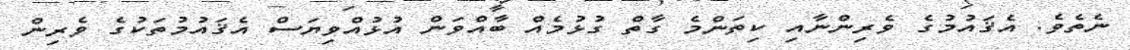
ނެތެވެ. އެޤައުމުގެ ވެރިންނާއި ކިތަންމެ ގާތް ގުޅުމެއް ބާއްވަން އުޅުއްވިޔަސް އެޤައުމުތަކުގެ ވެރިން